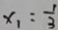
x _ { 1 } = \frac { 1 } { 3 }